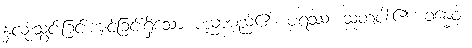
နှလုံးသွင်းခြင်းကျင့်ခြင်းရှိသော ပညာမည်၏။ ပရဿ၊ သူတပါး၏။ ခန္ဓေဝါ၊